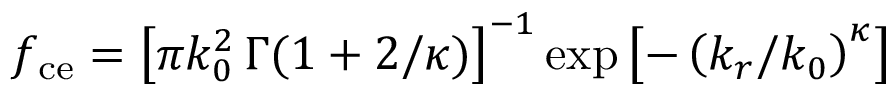
f _ { \mathrm { c e } } = \left[ \pi k _ { 0 } ^ { 2 } \, \Gamma ( 1 + 2 / \kappa ) \right] ^ { - 1 } \exp { \left[ - \left( k _ { r } / k _ { 0 } \right) ^ { \kappa } \right] }